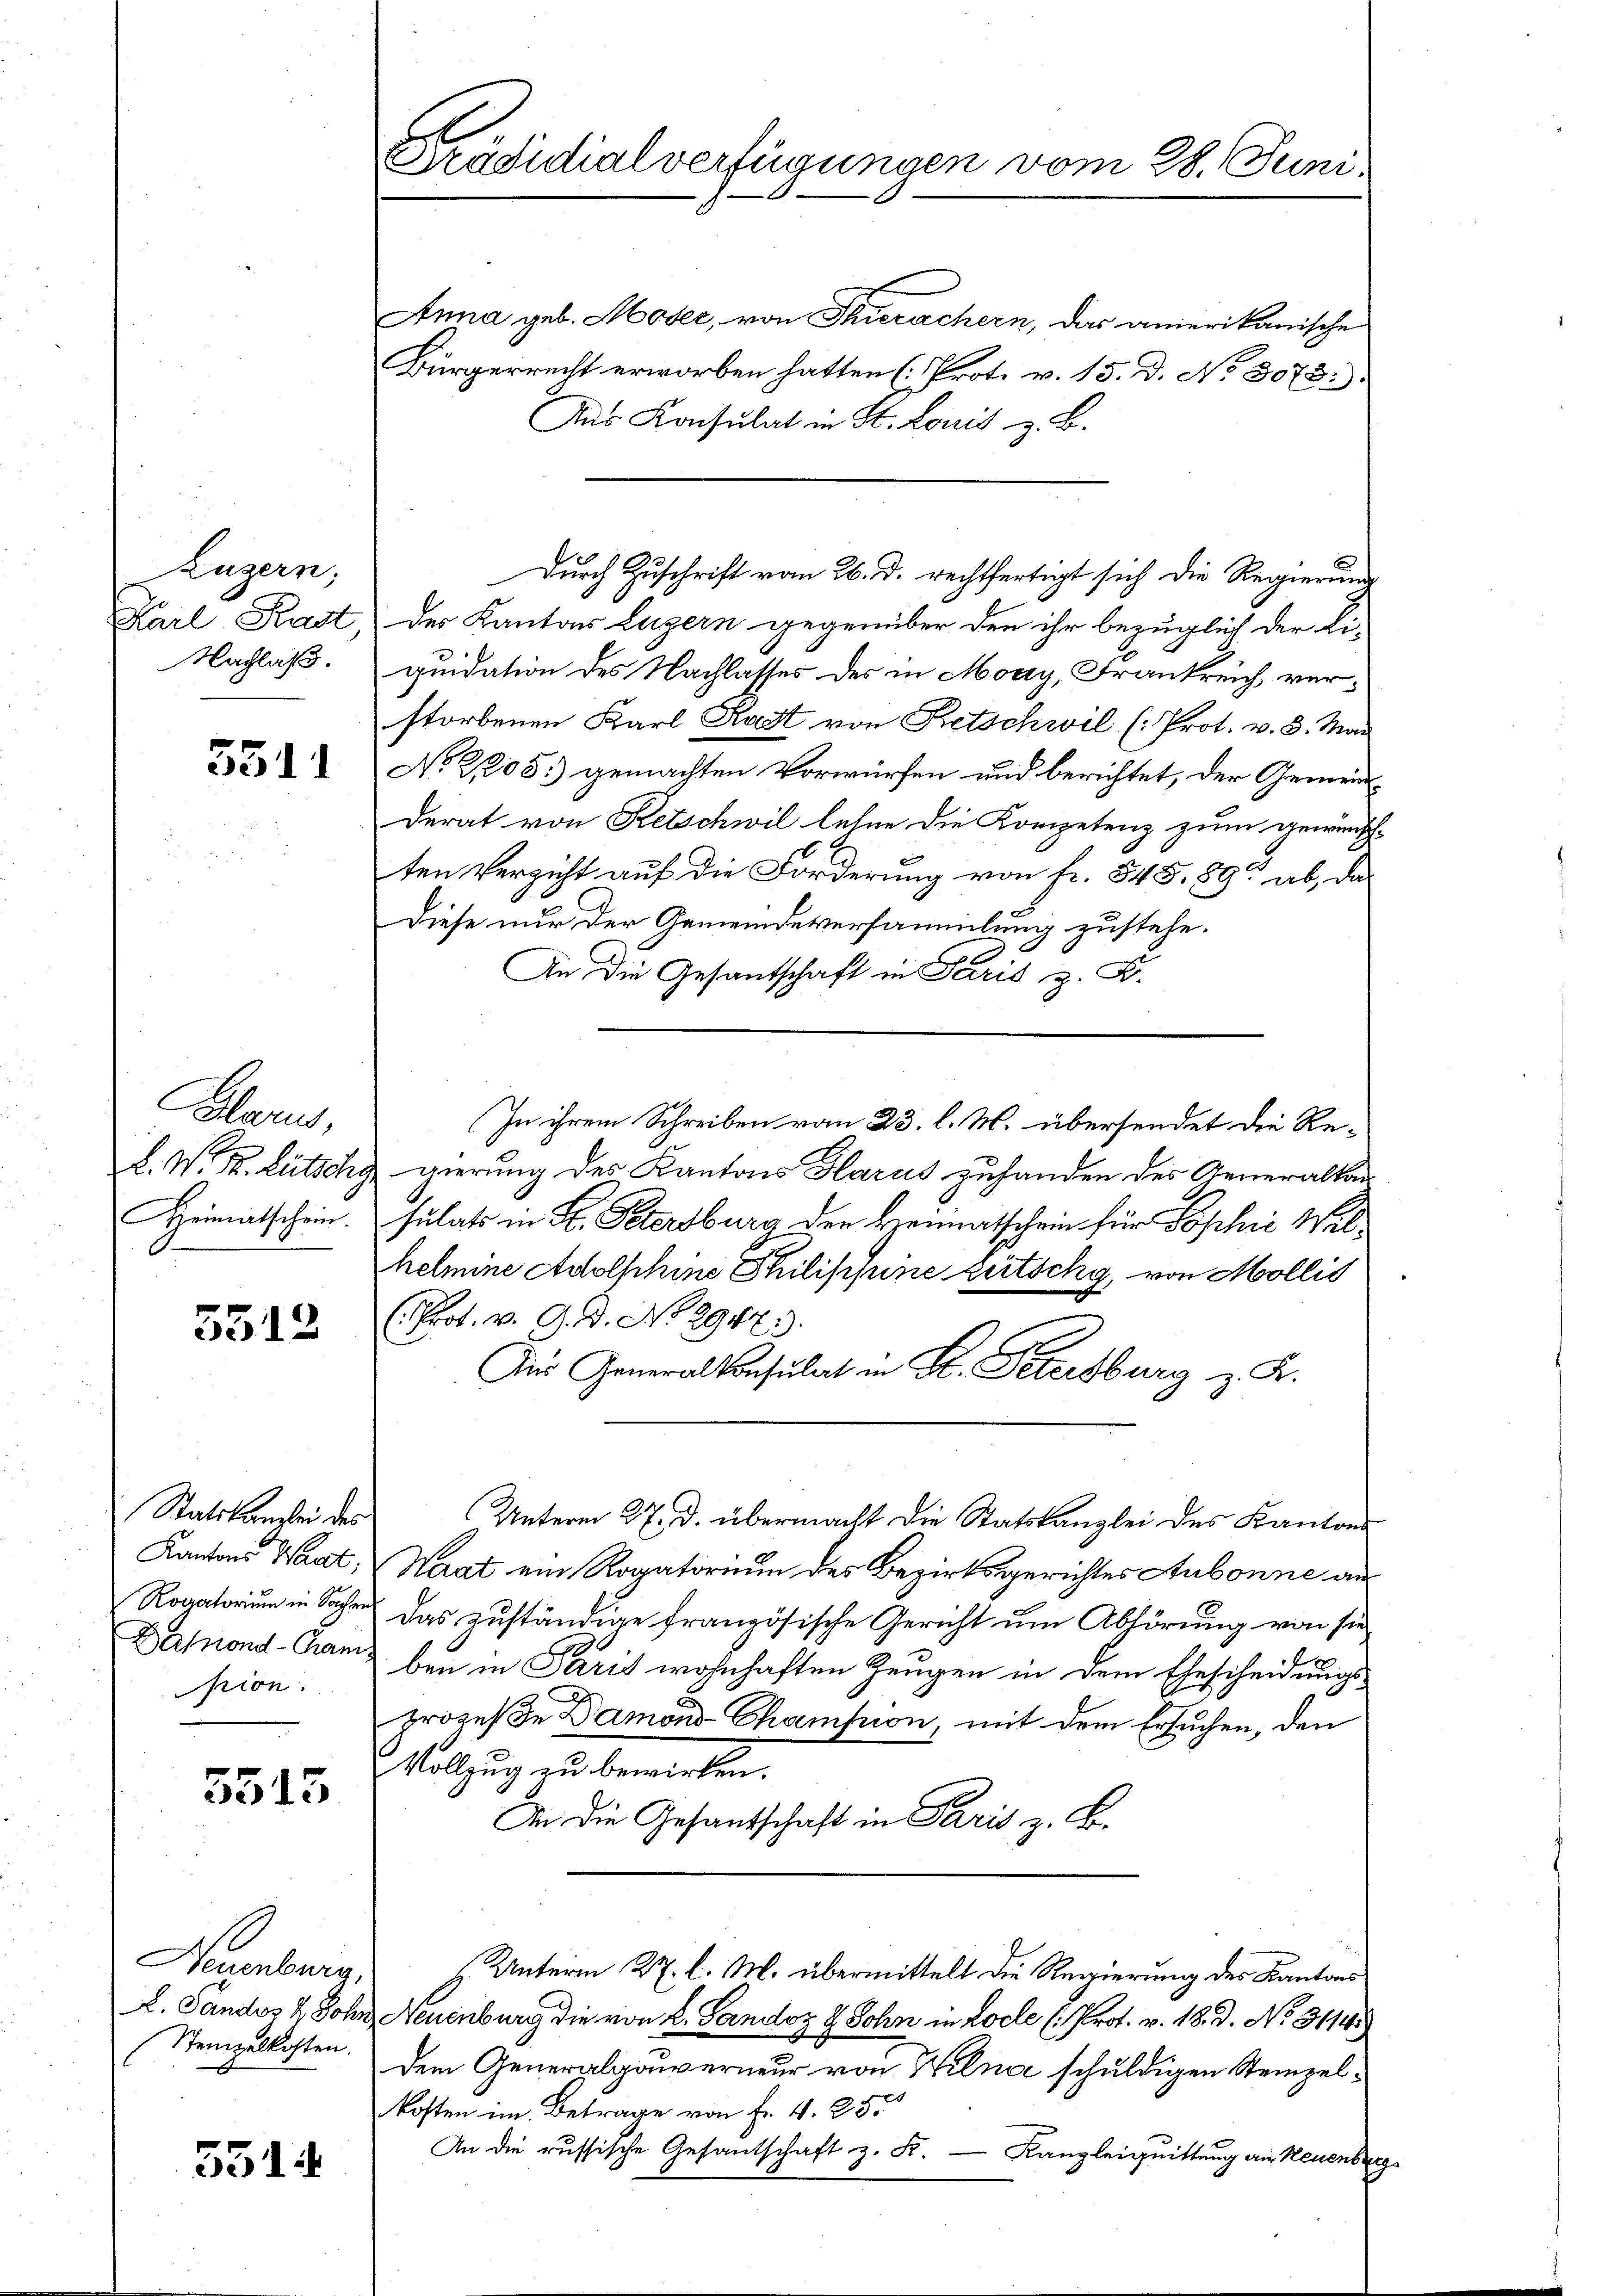
Zuzern,
Karl Kast
Nachlaß.

3311

Glarus,
A. W. Hr. Lütschg
Heimatschein.

5512

Statskanzlei des
Kantons Wart;
Rogatorium in Sachen
Dafond - Canpion.

5515

Neuenburg,
K. Sandos 2 Sohn
Steinzelkosten.

5514

Präsidialverfügungen vom 28. Juni

Anna geb. Moser, von Thierachern, das amerikanische
Bürgerrecht erworben hatten (Prot. v. 15. D. No. 3073:
Aus Konsulat in St. Lonis z. B.
Durch Zuschrift vom 26. d. rechtfertigt sich die Regierung
des Kanton Luzern gegenüber den ihr bezüglich der Li-
quidation des Nachlasses des in Mody, Frankreich, verstorbenen Karl Kast von Retschwil (: Prot. v. 3. Mai
No. 21205.) gemachten Vorwürfen und berichtet, der Gemeinderat von Retschwil lehne die Kompetenz zum gewünsch-
ten Verzicht auf die Forderung von fr. 545. 89 ab, das
Diese nur der Gemeindeversammlung zustehe.
An die Gesantschaft in Paris z. B.
In ihrem Schreiben vom 23. l. M. übersendet die Regierung des Kantons Harus zuhanden des Generalkon
sulats in H. Petersburg der Heimatschein für Sophie Wilhelmine Adolphine Philippine zeitschy, von Mollis
Prot. v. J. J. No. 2947.
s
Aus Generalkonsulat in St. Petersburg z. K.
Unterm 27. d. übermacht die Statskanzlei des Kantons
Waat ein Rogatorium des Bezirksgerichtes Aubonne an
Das zuständige französische Gericht um Abhörung von sie
ben in Paris wohnhaften Zeugen in dem Ehescheidungs-
x
prozeße Damons-Champnon, mit dem Ersuchen, den
Sitzung zu bemerken.
An die Gesantschaft in Paris z. B.
H. Unterm 27. l. M. übermittelt die Regierung des Kantons
Neuenburg die von L. Gandoz & Sohn in Loche (Prot. v. 18. d. No. 31145
Dem Generalgouverneur von Wilne schuldigen Steinzelkosten im Betrage von Fr. 4. 255
An die russische Gesantschaft z. K. — Kanzleiquittung an Neuenburg